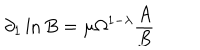
LaTeX: \partial _ { 1 } \ln B = \mu \Omega ^ { 1 - \lambda } \frac { A } { B }